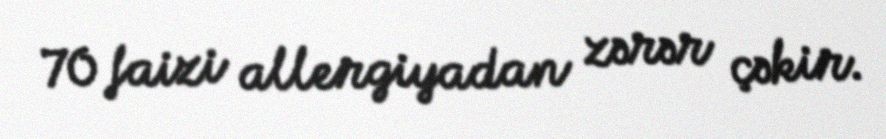
70 faizi allergiyadan zərər çəkir.